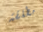
مطلقة